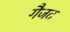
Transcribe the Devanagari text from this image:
गैजट